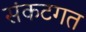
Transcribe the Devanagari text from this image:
संकटगत